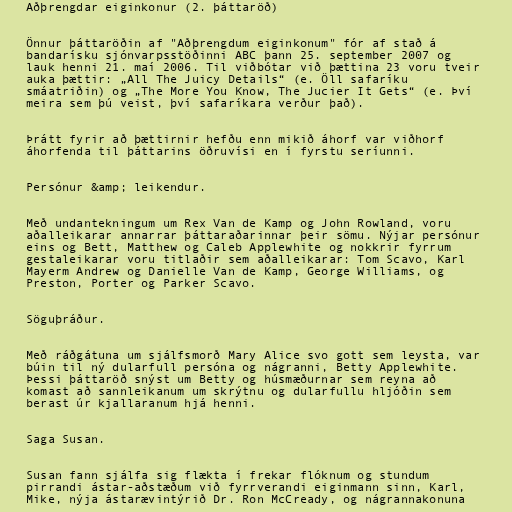
Aðþrengdar eiginkonur (2. þáttaröð)

Önnur þáttaröðin af "Aðþrengdum eiginkonum" fór af stað á
bandarísku sjónvarpsstöðinni ABC þann 25. september 2007 og
lauk henni 21. maí 2006. Til viðbótar við þættina 23 voru tveir
auka þættir: „All The Juicy Details“ (e. Öll safaríku
smáatriðin) og „The More You Know, The Jucier It Gets“ (e. Því
meira sem þú veist, því safaríkara verður það).

Þrátt fyrir að þættirnir hefðu enn mikið áhorf var viðhorf
áhorfenda til þáttarins öðruvísi en í fyrstu seríunni.

Persónur &amp; leikendur.

Með undantekningum um Rex Van de Kamp og John Rowland, voru
aðalleikarar annarrar þáttaraðarinnar þeir sömu. Nýjar persónur
eins og Bett, Matthew og Caleb Applewhite og nokkrir fyrrum
gestaleikarar voru titlaðir sem aðalleikarar: Tom Scavo, Karl
Mayerm Andrew og Danielle Van de Kamp, George Williams, og
Preston, Porter og Parker Scavo.

Söguþráður.

Með ráðgátuna um sjálfsmorð Mary Alice svo gott sem leysta, var
búin til ný dularfull persóna og nágranni, Betty Applewhite.
Þessi þáttaröð snýst um Betty og húsmæðurnar sem reyna að
komast að sannleikanum um skrýtnu og dularfullu hljóðin sem
berast úr kjallaranum hjá henni.

Saga Susan.

Susan fann sjálfa sig flækta í frekar flóknum og stundum
pirrandi ástar-aðstæðum við fyrrverandi eiginmann sinn, Karl,
Mike, nýja ástarævintýrið Dr. Ron McCready, og nágrannakonuna